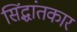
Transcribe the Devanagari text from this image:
सिंद्धांतकार